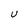
Character: U